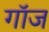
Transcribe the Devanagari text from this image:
गॉज